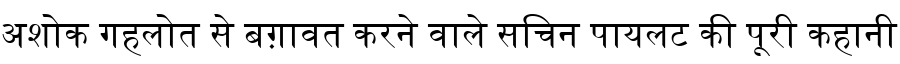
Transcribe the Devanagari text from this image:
अशोक गहलोत से बग़ावत करने वाले सचिन पायलट की पूरी कहानी